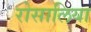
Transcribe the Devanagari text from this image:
रोसालिया